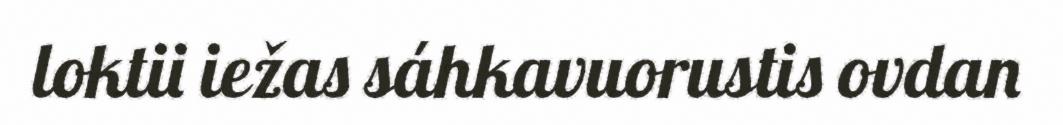
loktii iežas sáhkavuorustis ovdan